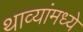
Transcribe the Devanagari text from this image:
थाव्यांमध्ये